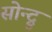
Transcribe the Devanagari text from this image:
सोन्द्रु